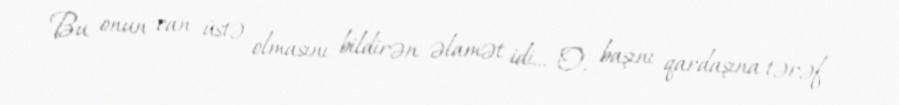
Bu onun can üstə olmasını bildirən əlamət idi… O, başını qardaşına tərəf